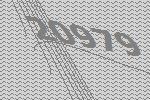
20979